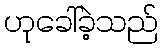
ဟုခေါ်ခဲ့သည်